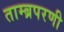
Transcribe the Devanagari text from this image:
ताम्ब्रपरणी